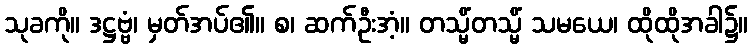
သုခကို။ ဒဋ္ဌဗ္ဗံ၊ မှတ်အပ်၏။ စ၊ ဆက်ဦးအံ့။ တသ္မိံတသ္မိံ သမယေ၊ ထိုထိုအခါ၌။